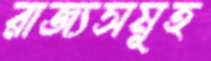
রাজ্যসমূহ